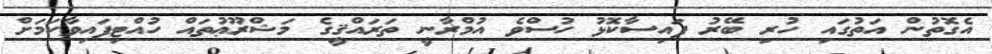
އެގޮތުން އަތުގައި ހުރި ބޭރު ފައިސާކޮޅު ހުސްވެ އުމްރާނީ ތަރައްޤީގެ މަޝްރޫޢުތައް ހުއްޓިފައިވާކަމަށް